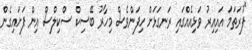
"ފުރަތަމަ އައިއިރު ވަޅިއެއްގައި ރަނގަޅަށް ހިފަންވެސް މިހާރު ބޭސިކް ސްކިލްސް އިން ފަށައިގެން